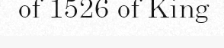
of 1526 of King